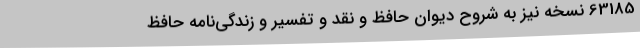
63185 نسخه نیز به شروح دیوان حافظ و نقد و تفسیر و زندگی‌نامه‌ حافظ